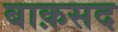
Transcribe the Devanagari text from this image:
बाक़सद